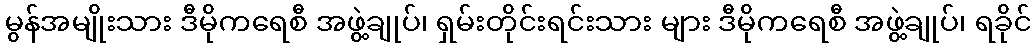
မွန်အမျိုးသား ဒီမိုကရေစီ အဖွဲ့ချုပ်၊ ရှမ်းတိုင်းရင်းသား များ ဒီမိုကရေစီ အဖွဲ့ချုပ်၊ ရခိုင်